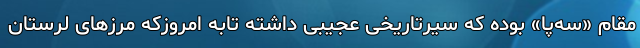
مقام «سه‌پا» بوده که سیرتاریخی عجیبی داشته تابه امروزکه مرزهای لرستان